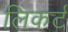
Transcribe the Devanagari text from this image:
लिकर्टं